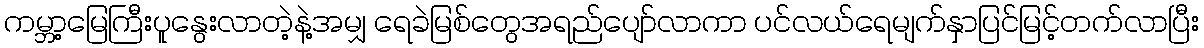
ကမ္ဘာ့မြေကြီးပူနွေးလာတဲ့နဲ့အမျှ ရေခဲမြစ်တွေအရည်ပျော်လာကာ ပင်လယ်ရေမျက်နှာပြင်မြင့်တက်လာပြီး